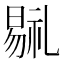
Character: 𣉷